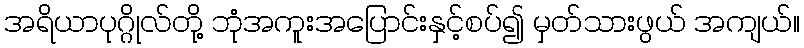
အရိယာပုဂ္ဂိုလ်တို့ ဘုံအကူးအပြောင်းနှင့်စပ်၍ မှတ်သားဖွယ် အကျယ်။